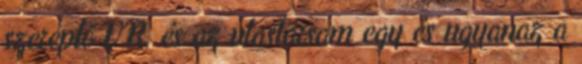
szereplő V.R. és az utastársam egy és ugyanaz a